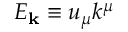
E _ { \mathbf { k } } \equiv u _ { \mu } k ^ { \mu }